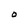
Character: O